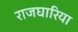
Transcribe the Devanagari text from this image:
राजघारिया